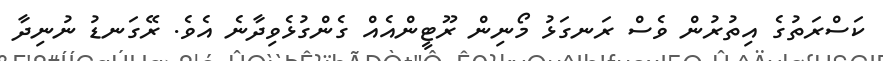
ކަސްރަތުގެ އިތުރުން ވެސް ރަނގަޅު މޯނިން ރޫޓީންއެއް ގެންގުޅެވިދާނެ އެވެ. ރޭގަނޑު ނުނިދާ